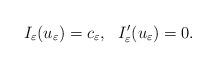
LaTeX: \begin{align*}I_\varepsilon(u_\varepsilon)=c_\varepsilon,\ \ I'_\varepsilon(u_\varepsilon)=0.\end{align*}